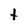
Character: t